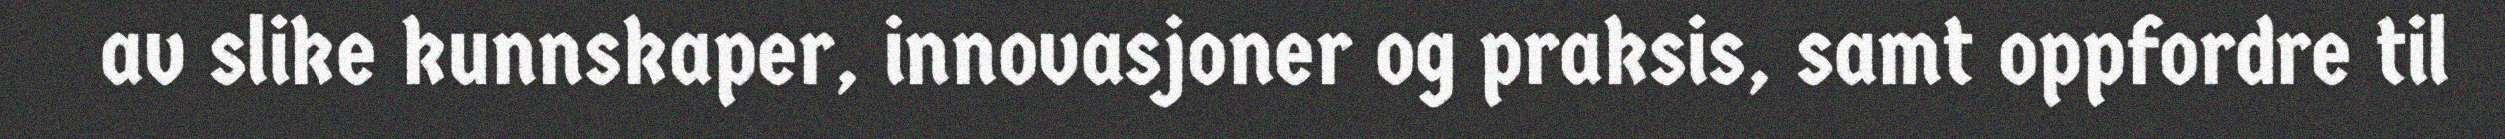
av slike kunnskaper, innovasjoner og praksis, samt oppfordre til